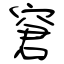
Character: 窘